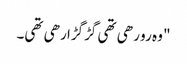
" وہ رو رھی تھی گڑگڑا رھی تھی۔